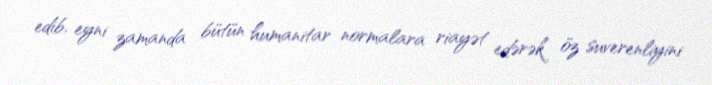
edib, eyni zamanda bütün humanitar normalara riayət edərək öz suverenliyini